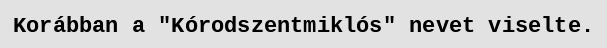
Korábban a "Kórodszentmiklós" nevet viselte.